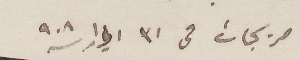
مريجات في ٣١ اذار / ٩٠٨